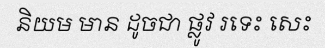
និយម មាន ដូចជា ផ្លូវ រទេះ សេះ